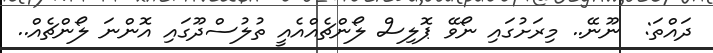
ދައްތަ:  ނޫނޭ.. މިރަށުގައި ނޯވޭ ޕޮލިސް ލޯންޗެއްއެއީ ތުލުސްދޫގައި އޮންނަ ލޯންޗެއް..